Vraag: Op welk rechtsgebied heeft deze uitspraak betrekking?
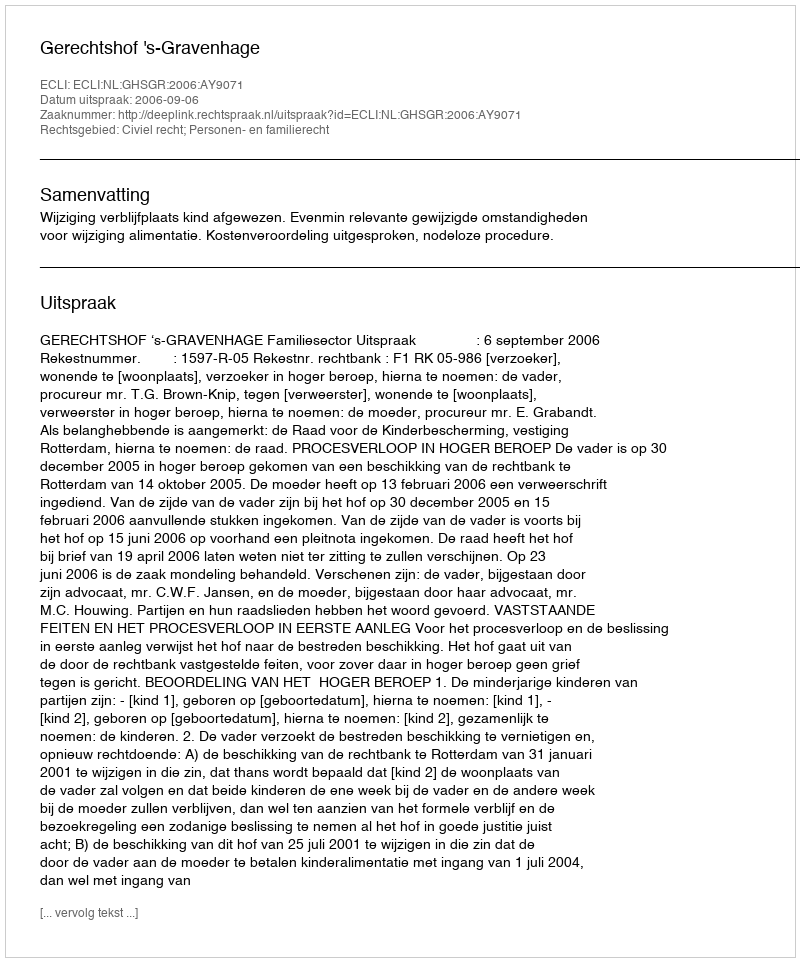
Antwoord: Civiel recht; Personen- en familierecht